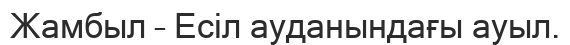
Жамбыл – Есіл ауданындағы ауыл.